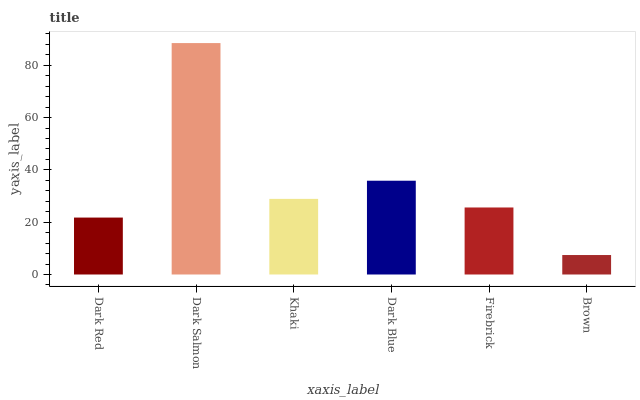
| xaxis_label | bars |
 | --- | --- |
 | Dark Red | 21.8 |
 | Dark Salmon | 88.5 |
 | Khaki | 28.9 |
 | Dark Blue | 35.9 |
 | Firebrick | 25.6 |
 | Brown | 7.45 |